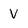
Character: V